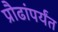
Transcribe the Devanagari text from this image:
प्रौढांपर्यंत